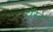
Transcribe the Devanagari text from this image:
टॉरेट